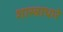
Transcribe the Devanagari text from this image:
शास्त्राधारे